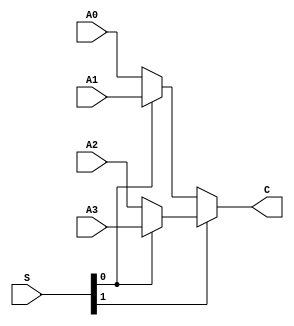
`timescale 1ns / 1ps
//////////////////////////////////////////////////////////////////////////////////
// Company: 
// Engineer: 
// 
// Design Name: 
// Module Name:    MUX4T1_5 
// Project Name: 
// Target Devices: 
// Tool versions: 
// Description: 
//
// Dependencies: 
//
// Revision: 
// Revision 0.01 - File Created
// Additional Comments: 
//
//////////////////////////////////////////////////////////////////////////////////
module MUX4T1_5(
	input [4:0]A0,
	input [4:0]A1,
	input [4:0]A2,
	input [4:0]A3,
	input [1:0]S,
	output [4:0]C
    );
wire [4:0]r0;
wire [4:0]r1;

assign r0=(S[0]==0)?A0:A1;
assign r1=(S[0]==0)?A2:A3;

assign C=(S[1]==0)?r0:r1;

endmodule